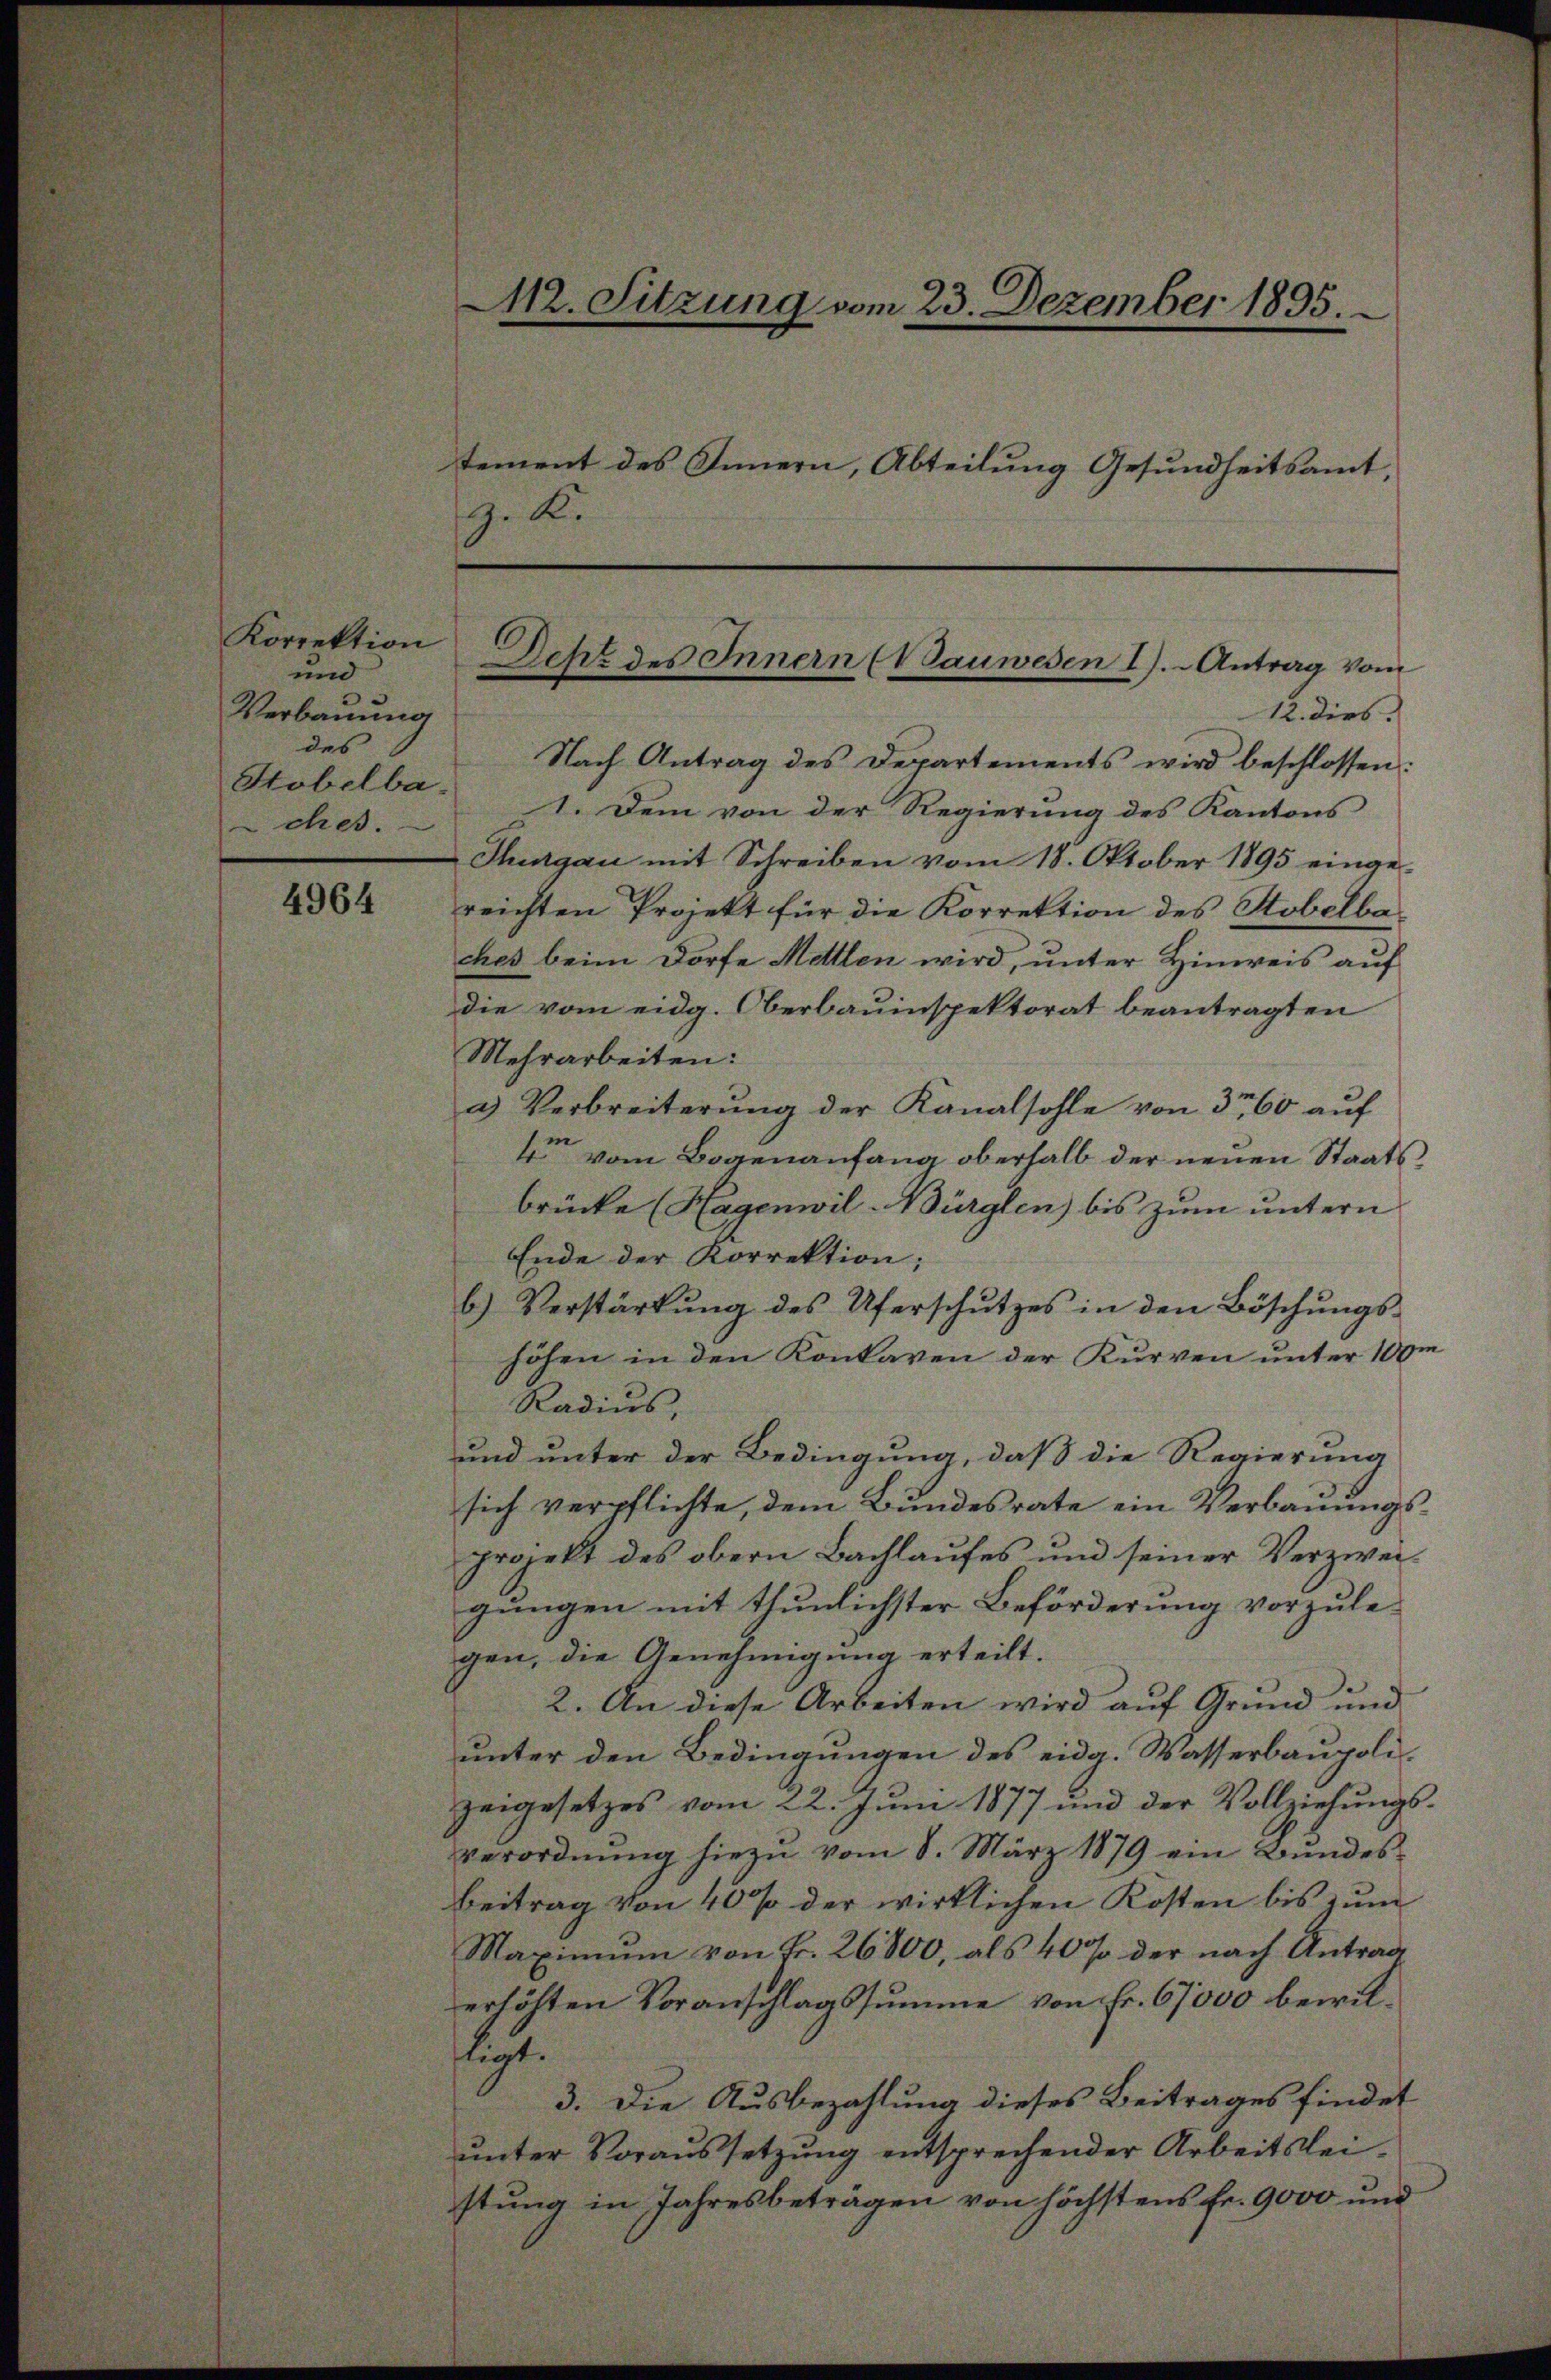
Korrektion
und
Verbauung
des
ches.

4964

M2. Sitzung vom 23. Dezember 1895.
tement des Innern, Abteilung Gesundheitsamt,
9. K.

Deht des Innern (Wauwesen I).- Antrag vom

12. dies
Nach Antrag des Departements wird beschlossen:
Htobelba- 1. Dem von der Regierŭng des Kantons
Thurgau mit Schreiben vom 18. Oktober 1895 einge-
reichten Projekt für die Korrektion des Stobelbaches beim Dorfe Mettlen wird, unter Hinweis auf
die vom eidg. Oberbauinspektorat beantragten
Mehrarbeiten:
a) Verbreiterŭng der Kanalsohle von 360 aŭf
4 vom Bogenanfang oberhalb der neuen Staatsbrücke (Hagenwil-Bürglen) bis zum untern
Ende der Korrektion;
b.) Verstärkŭng des Uferschŭtzes in den Böschŭngs-
hölen in den Konkaren der Kurven unter 100m
Radius
und unter der Bedingung, daß die Regierung
sich verpflichte, dem Bundesrate ein Verbauungsprojekt des obern Bachlaufes und seiner Verzweigungen mit thunlichster Beförderung vorzulegen, die Genehmigung erteilt.
2. An diese Arbeiten wird auf Grund und
unter den Bedingungen des eidg. Wasserbaupolizeigesetzes vom 22. Juni 1877 und der Vollziehungsverordnŭng hiezŭ vom 8. März 1879 ein Bŭndes-
Beitrag von 40% der wirklichen Kosten bis zum
Maximŭm von Fr. 26800, als 40% der nach Antrag
erhöhten Voranschlagssumme von Fr. 67000 bewilftigt.
3. Die Ausbezahlung dieses Beitrages findet
unter Voraussetzung entsprechender Arbeitsleistung in Jahresbeträgen von höchstens Fr. 9000 und